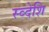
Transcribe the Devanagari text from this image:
स्व्देशि